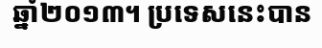
ឆ្នាំ២០១៣។ ប្រទេសនេះបាន